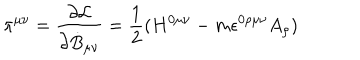
\pi ^ { \mu \nu } = \frac { \partial { \cal L } } { \partial { \dot { B } } _ { \mu \nu } } = \frac { 1 } { 2 } ( H ^ { 0 \mu \nu } - m \epsilon ^ { 0 \rho \mu \nu } A _ { \rho } )